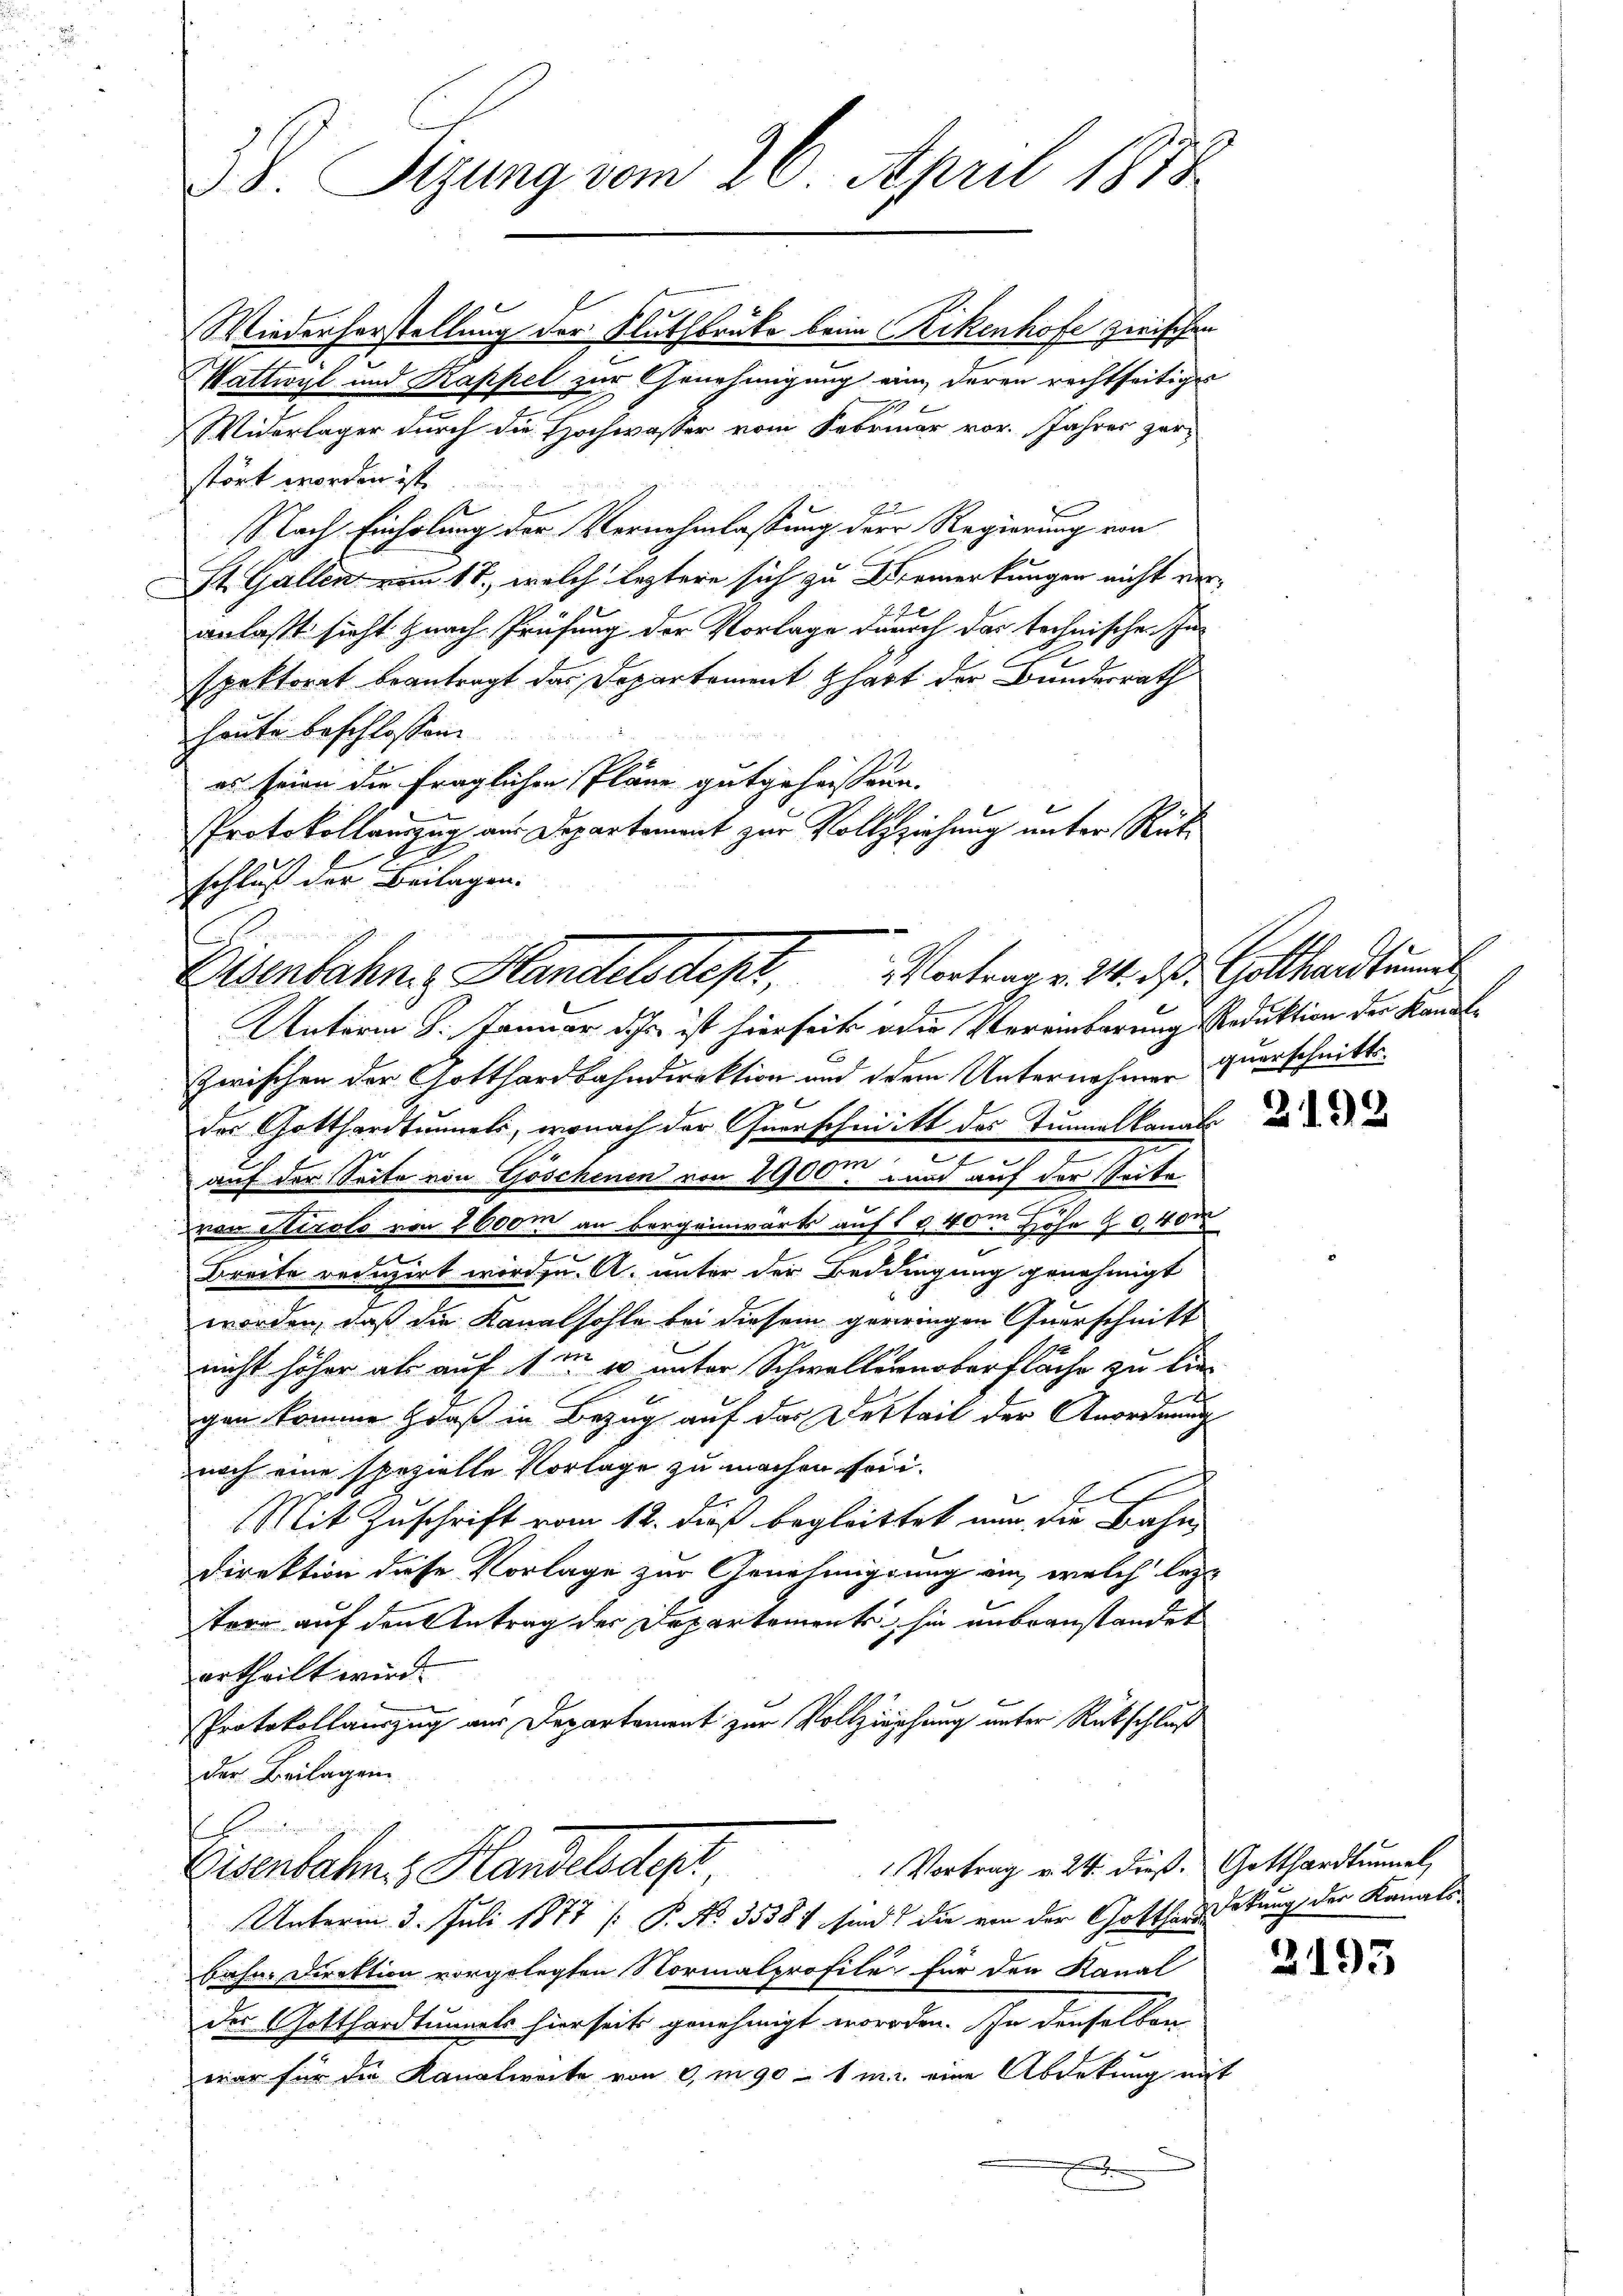
Wattwyl und Kappel zur Genehmigung eine deren rechtseitige
Widerlager durch die Hochwasser vom Februar vor. Jahres zur
stört worden ist.
Nach Einholung der Vernehmlassung der Regierung von
St. Gallen vom 18., welch leztere sich zu Vermerkungen nicht veranlaßt sicht nach Prüfung der Vorlage durch das technischen Inspektorat beantragt das Departement hatt der Bundesrath
heute beschlossen.
es seien die fraglichen Pläne gutgeheissen.
Protokollauszug aus Departement zur Vollziehung unter Rück
schluß der Beilagen.

38. Sizung vom 26. April 1818.

Vortrag v. 24. ds. Gotthardtimmer
Zuenbahne Handelsdept,
Unterm 8. Januar des ist hierseits die Vereinbarung Reduktion der Kandl¬

Wiederherstellung der Fluthbrüke beim Rikenhofe zwischen

zwischen der Gotthardbahndirektion und dem Unternehmen zuerschnitte
des Gotthardtunnels, wonach der Querschnitt des Tunnelkanals
auf der Seite von Göschenen von 2900 und auf der Seite
.
von Stirolo von 1600m an Bergeinwärts auf 15,40m Höhe § 400
Breite reduzirt word u. A. unter der Bedingung genehmigt
worden, daß die Kanalsohle bei diesem geringen Querschnitt
nicht höher als auf 1m u unter Schwalternoberfläche zu lie-
gen komme daß in Bezug auf der Detteil der Anordnung
noch eine spezielle Vorlage zu machen sein.
1
Mit Zuschrift vom 12. dieß begleittet nur die Bahn,
Direktion diese Vorlage zur Genehmigung ein, welch lezt
tern auf den Antrag der Departements, sie unbeanstandet
ertheilt wird.
Protokollauszug aus Departement zur Vollziehung unter Rückschluß
der Beilagen.
b
Vortrag v. 24. dieß. Gotthardtunnel,
Eisenbahn & Handelsdep
Unterm 3. Juli 1877 [P. No. 35387 sind die von der Gotthard Sekung der Kanals
bahn. Direktion vorgelegten Normalprofile für den Kanal
der Gotthardtunnels hierseits genehmigt worden. In denselben
war für die Kanalweite von 0,m 90 - 1 m. eine Abdekung mit
.

2192

2193